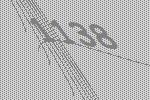
1138